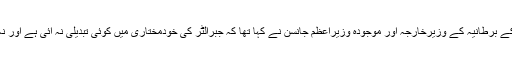
اس وقت کے برطانیہ کے وزیرخارجہ اور موجودہ وزیراعظم جانسن نے کہا تھا کہ جبرالٹر کی خودمختاری میں کوئی تبدیلی نہ آئی ہے اور نہ آئے گی۔